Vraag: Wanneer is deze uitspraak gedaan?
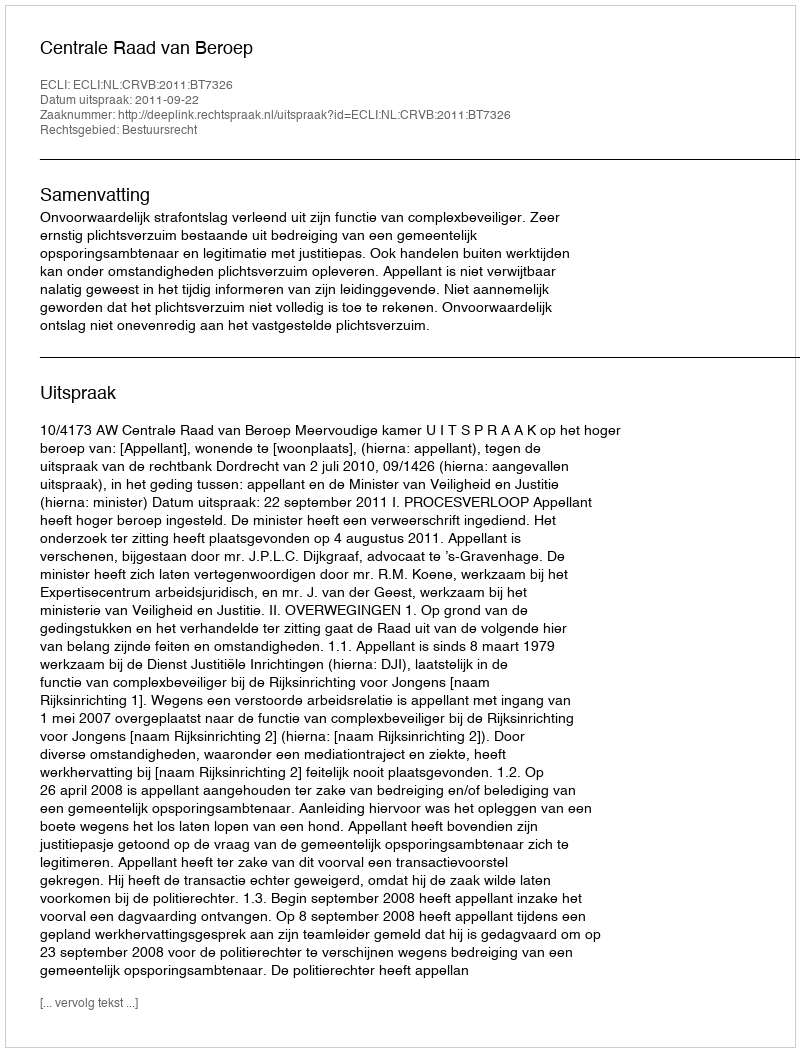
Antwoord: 2011-09-22